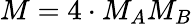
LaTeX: M=4\cdot M_{A}M_{B}